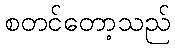
စတင်တော့သည်